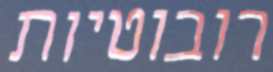
רובוטיות